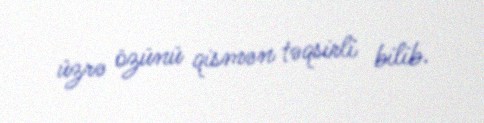
üzrə özünü qismən təqsirli bilib.